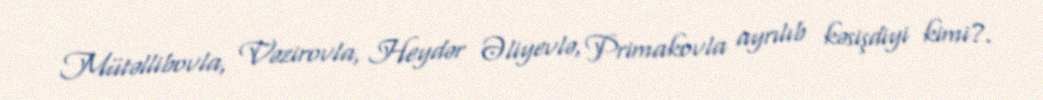
Mütəllibovla, Vəzirovla, Heydər Əliyevlə, Primakovla ayrılıb kəsişdiyi kimi?.